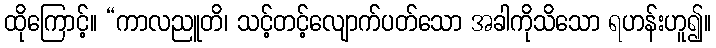
ထိုကြောင့်။ “ကာလညူတိ၊ သင့်တင့်လျောက်ပတ်သော အခါကိုသိသော ရဟန်းဟူ၍။